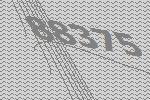
88375